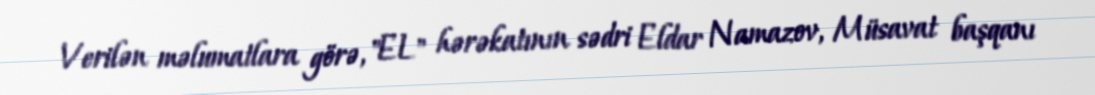
Verilən məlumatlara görə, "EL" hərəkatının sədri Eldar Namazov, Müsavat başqanı